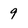
Character: 9